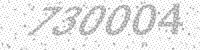
Solution: 730004